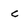
Character: C